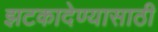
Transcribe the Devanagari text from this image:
झटकादेण्यासाठी